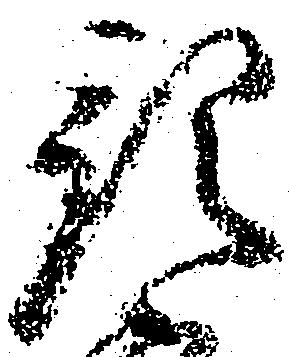
預